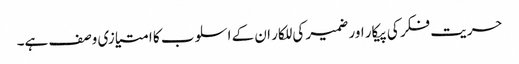
حریت فکر کی پیکار اور ضمیر کی للکار ان کے اسلوب کا امتیازی وصف ہے۔